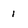
Character: 1